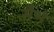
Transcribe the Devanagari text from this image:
सैभं